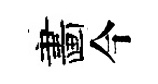
畵今